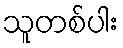
သူတစ်ပါး